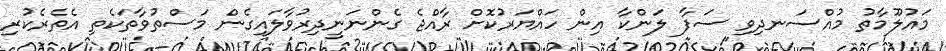
މައުލޫމާތު މުއްސަނދިވި ސަފާ ލަންކާ އިން ހައްޔަރުކޮށް ރާއްޖެ ގެންނަނީދިރުވާލައިގެން މަސްތުވާތަކެތި އެތެރެކުރި